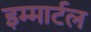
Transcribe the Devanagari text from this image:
इम्मार्टल